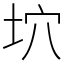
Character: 坹